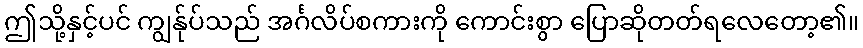
ဤသို့နှင့်ပင် ကျွန်ုပ်သည် အင်္ဂလိပ်စကားကို ကောင်းစွာ ပြောဆိုတတ်ရလေတော့၏။